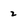
Character: 2